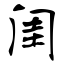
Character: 闺